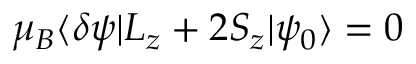
\mu _ { B } \langle \delta \psi | L _ { z } + 2 S _ { z } | \psi _ { 0 } \rangle = 0